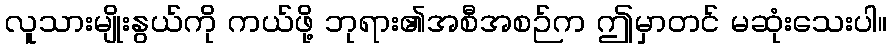
လူသားမျိုးနွယ်ကို ကယ်ဖို့ ဘုရား၏အစီအစဉ်က ဤမှာတင် မဆုံးသေးပါ။